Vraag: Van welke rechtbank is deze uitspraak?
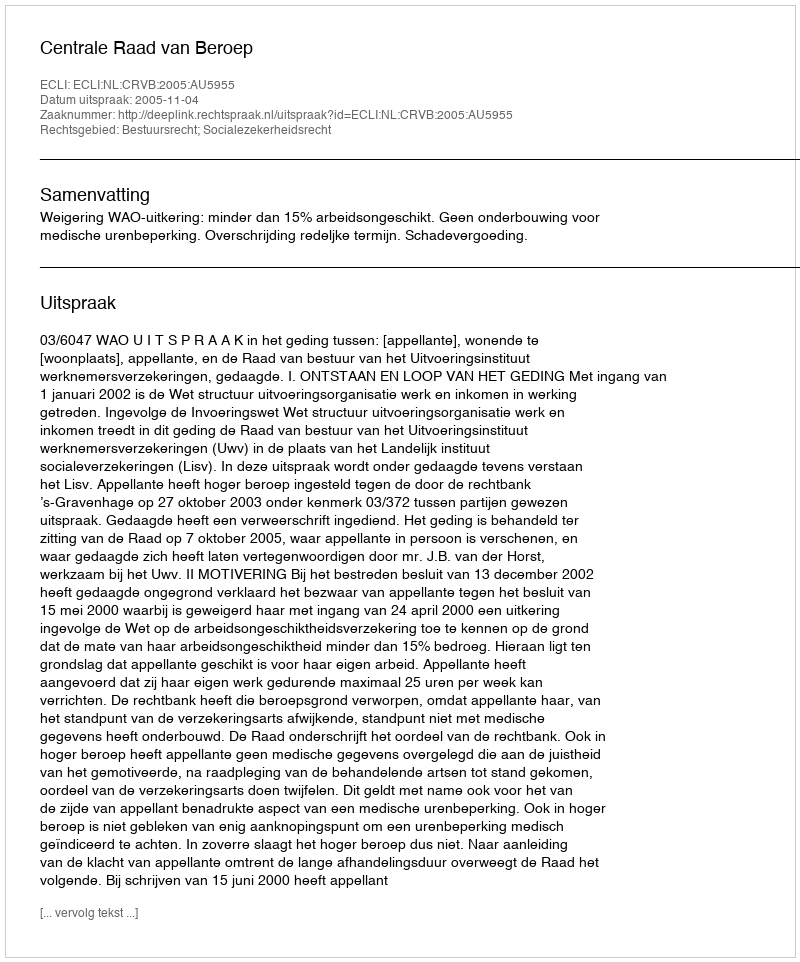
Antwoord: Centrale Raad van Beroep